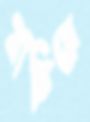
যাচিয়ে